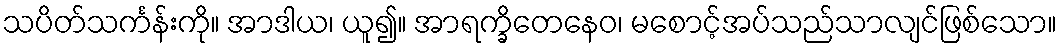
သပိတ်သင်္ကန်းကို။ အာဒါယ၊ ယူ၍။ အာရက္ခိတေနေဝ၊ မစောင့်အပ်သည်သာလျင်ဖြစ်သော။